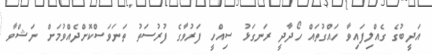
އަދީބުގެ ގެއްލިފައިވާ ހައްގުތައް ހޯދާދީ ރަނގަޅު ސިއްހީ ފަރުވާގެ ފުރުސަތު ތަނަވަސްކޮށްދެއްވުމަށް ނަޝްވާ